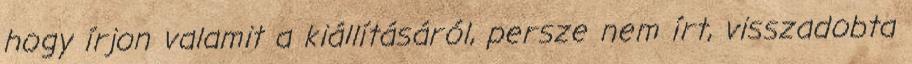
hogy írjon valamit a kiállításáról, persze nem írt, visszadobta